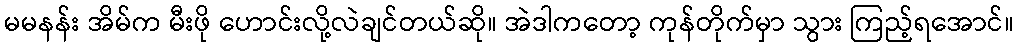
မမနန်း အိမ်က မီးဖို ဟောင်းလို့လဲချင်တယ်ဆို။ အဲဒါကတော့ ကုန်တိုက်မှာ သွား ကြည့်ရအောင်။